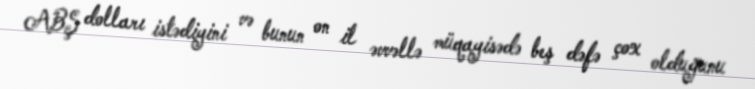
ABŞ dolları istədiyini və bunun on il əvvəllə müqayisədə beş dəfə çox olduğunu